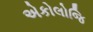
એકોલોજિ